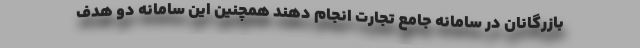
بازرگانان در سامانه جامع تجارت انجام دهند همچنین این سامانه دو هدف